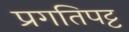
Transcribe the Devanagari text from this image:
प्रगतिपट्ट